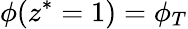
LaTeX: \phi(z^{*}=1)=\phi_{T}